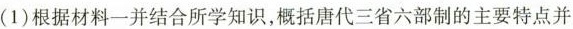
(1)根据材料一并结合所学知识，概括唐代三省六部制的主要特点并